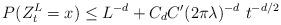
LaTeX: \begin{align*}P(Z^L_t=x) \le L^{-d} + C_d C'(2\pi{\lambda})^{-d}\ t^{-d/2}\end{align*}